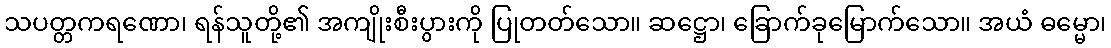
သပတ္တကရဏော၊ ရန်သူတို့၏ အကျိုးစီးပွားကို ပြုတတ်သော။ ဆဋ္ဌော၊ ခြောက်ခုမြောက်သော။ အယံ ဓမ္မော၊